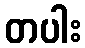
တပါး